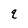
Character: q